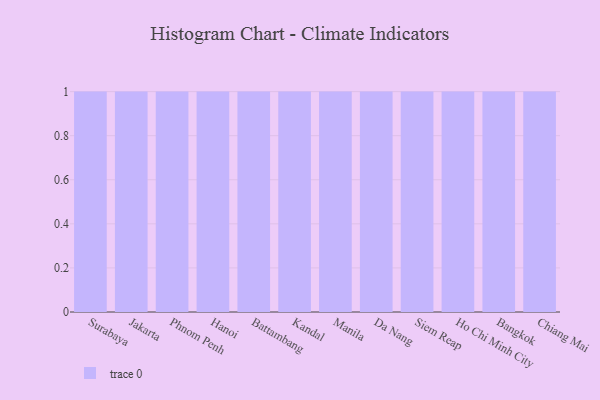
{"axis": {"x": "City", "y": "Revenue (USD Million)"}, "legend": [""], "data": [{"x": "Surabaya", "y": 4, "type": ""}, {"x": "Jakarta", "y": 39, "type": ""}, {"x": "Phnom Penh", "y": 52, "type": ""}, {"x": "Hanoi", "y": 16, "type": ""}, {"x": "Battambang", "y": 14, "type": ""}, {"x": "Kandal", "y": 61, "type": ""}, {"x": "Manila", "y": 94, "type": ""}, {"x": "Da Nang", "y": 87, "type": ""}, {"x": "Siem Reap", "y": 17, "type": ""}, {"x": "Ho Chi Minh City", "y": 12, "type": ""}, {"x": "Bangkok", "y": 92, "type": ""}, {"x": "Chiang Mai", "y": 6, "type": ""}]}